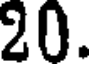
20.